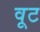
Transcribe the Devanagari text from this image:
वूट